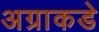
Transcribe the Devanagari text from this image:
अग्राकडे